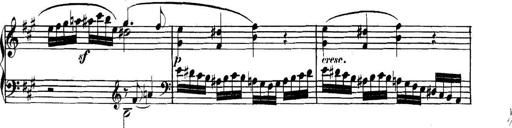
Title: Collected Piano Sonatas
Composer: Muzio Clementi